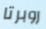
روبرتا